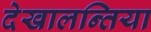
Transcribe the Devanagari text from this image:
देखालन्तिया